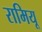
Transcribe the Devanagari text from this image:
रामियू